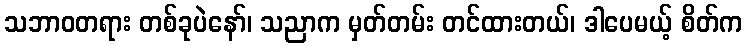
သဘာဝတရား တစ်ခုပဲနော်၊ သညာက မှတ်တမ်း တင်ထားတယ်၊ ဒါပေမယ့် စိတ်က